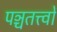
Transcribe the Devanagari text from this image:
पञ्चतत्त्वों